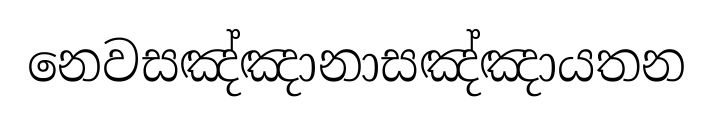
නෙවසඤ්ඤානාසඤ්ඤායතන